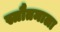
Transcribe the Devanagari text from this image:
स्त्रौतमाला